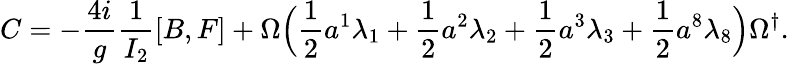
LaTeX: C=-\frac{4i}{g}\frac{1}{I_{2}}[B,F]+\Omega\Bigl(\frac{1}{2}a^{1}\lambda_{1}+\frac{1}{2}a^{2}\lambda_{2}+\frac{1}{2}a^{3}\lambda_{3}+\frac{1}{2}a^{8}\lambda_{8}\Bigr)\Omega^{\dagger}.